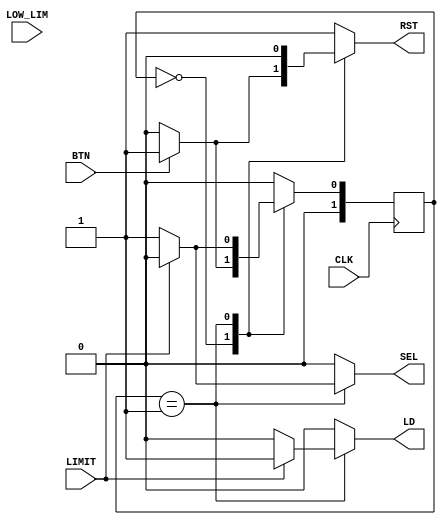
`timescale 1ns / 1ps
//////////////////////////////////////////////////////////////////////////////////
// Company: URPC
// 
// Design Name: 
// Module Name: fsm_rk4
// Project Name: 
// Target Devices: 
// Tool Versions: 
// Description: 
// 
// Dependencies: 
// 
// Revision:
// Revision 0.01 - File Created
// Additional Comments:
// 
//////////////////////////////////////////////////////////////////////////////////

module fsm_rk4(CLK, BTN, LOW_LIM, LIMIT, LD, SEL, RST);

input CLK, BTN, LOW_LIM, LIMIT;
output reg LD, SEL, RST;

reg [1:0] PS, NS;
parameter [1:0] st_wait = 2'b00, st_calc = 2'b01;

    always @ (posedge CLK)
        if (CLK == 1)
            PS <= NS;
          
    always @ (BTN, PS, LIMIT, LOW_LIM)
    begin
    
    // assign all outputs
    SEL = 0; 
    RST = 1;
     LD = 0;
     
      case (PS)
     
         st_wait:
         begin
             if (!BTN)
              begin
               SEL = 0;
               RST = 0;
               LD = 0;
               NS = st_wait;
              end
             else 
             begin
               NS = st_calc;
             end
         end
         
         st_calc: 
         begin
             
              if(!LIMIT)
                 begin
                    SEL = 1;
                    RST = 0;
                    LD = 0;
                    NS = st_calc;
                 end
               else if (LIMIT)
                 begin
                    SEL = 0;
                    LD = 1;
                    RST = 0;
                    NS = st_wait;
                 end
               else
                    NS = st_wait;
         end
       
         default: NS = st_wait;
       
      endcase
    
    end
      
endmodule